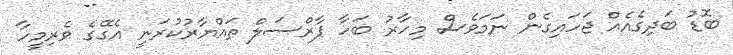
ބޮޑު ބަދިގެއެއް ޖަހައިގެން ނަމަވެސް މިހާރު ބަހާ ޕާރްސަލް ތައްޔާރުކުރަނީ އެގޭގެ ވެރިމީހާ